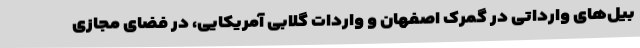
‌بیل‌های وارداتی در گمرک اصفهان و واردات گلابی آمریکایی، در فضای مجازی